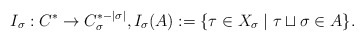
\begin{align*} I_\sigma : C^* \rightarrow C^{*-|\sigma|}_\sigma, I_\sigma(A) := \{\tau \in X_\sigma\;|\; \tau \sqcup \sigma \in A \}.\end{align*}